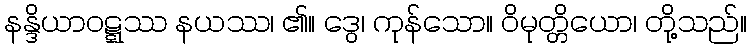
နန္ဒိယာဝဋ္ဋဿ နယဿ၊ ၏။ ဒွေ၊ ကုန်သော။ ဝိမုတ္တိယော၊ တို့သည်။